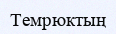
Темрюктың